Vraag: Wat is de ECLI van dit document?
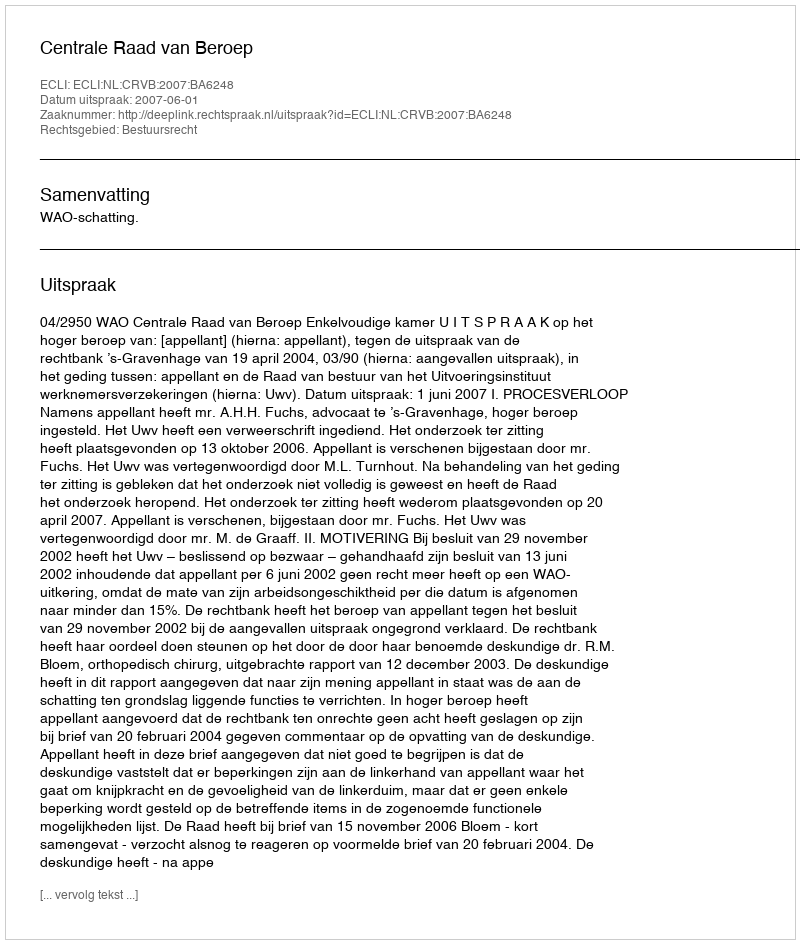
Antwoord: ECLI:NL:CRVB:2007:BA6248